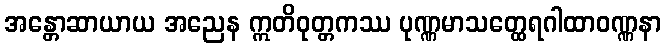
အန္တောဆာယာယ အညေန ဣတိဝုတ္တကဿ ပုဏ္ဏမာသတ္ထေရဂါထာဝဏ္ဏနာ